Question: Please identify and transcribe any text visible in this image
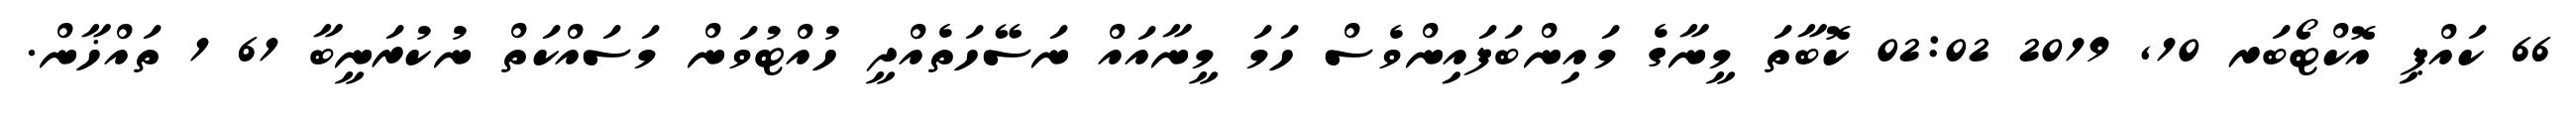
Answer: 66 ކައްޕި އޮކްޓޯބަރ 10, 2019 02:02 ކޮބާތަ މީނާގެ މައިންބަފައިންވެސް ހަމަ މީނާއައް ނަސޭހަތެއްދީ ހުއްޓުވަން މަސައްކަތް ނުކުރަނީބާ 61 1 ތައްޚާން.